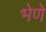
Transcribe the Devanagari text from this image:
भेणे